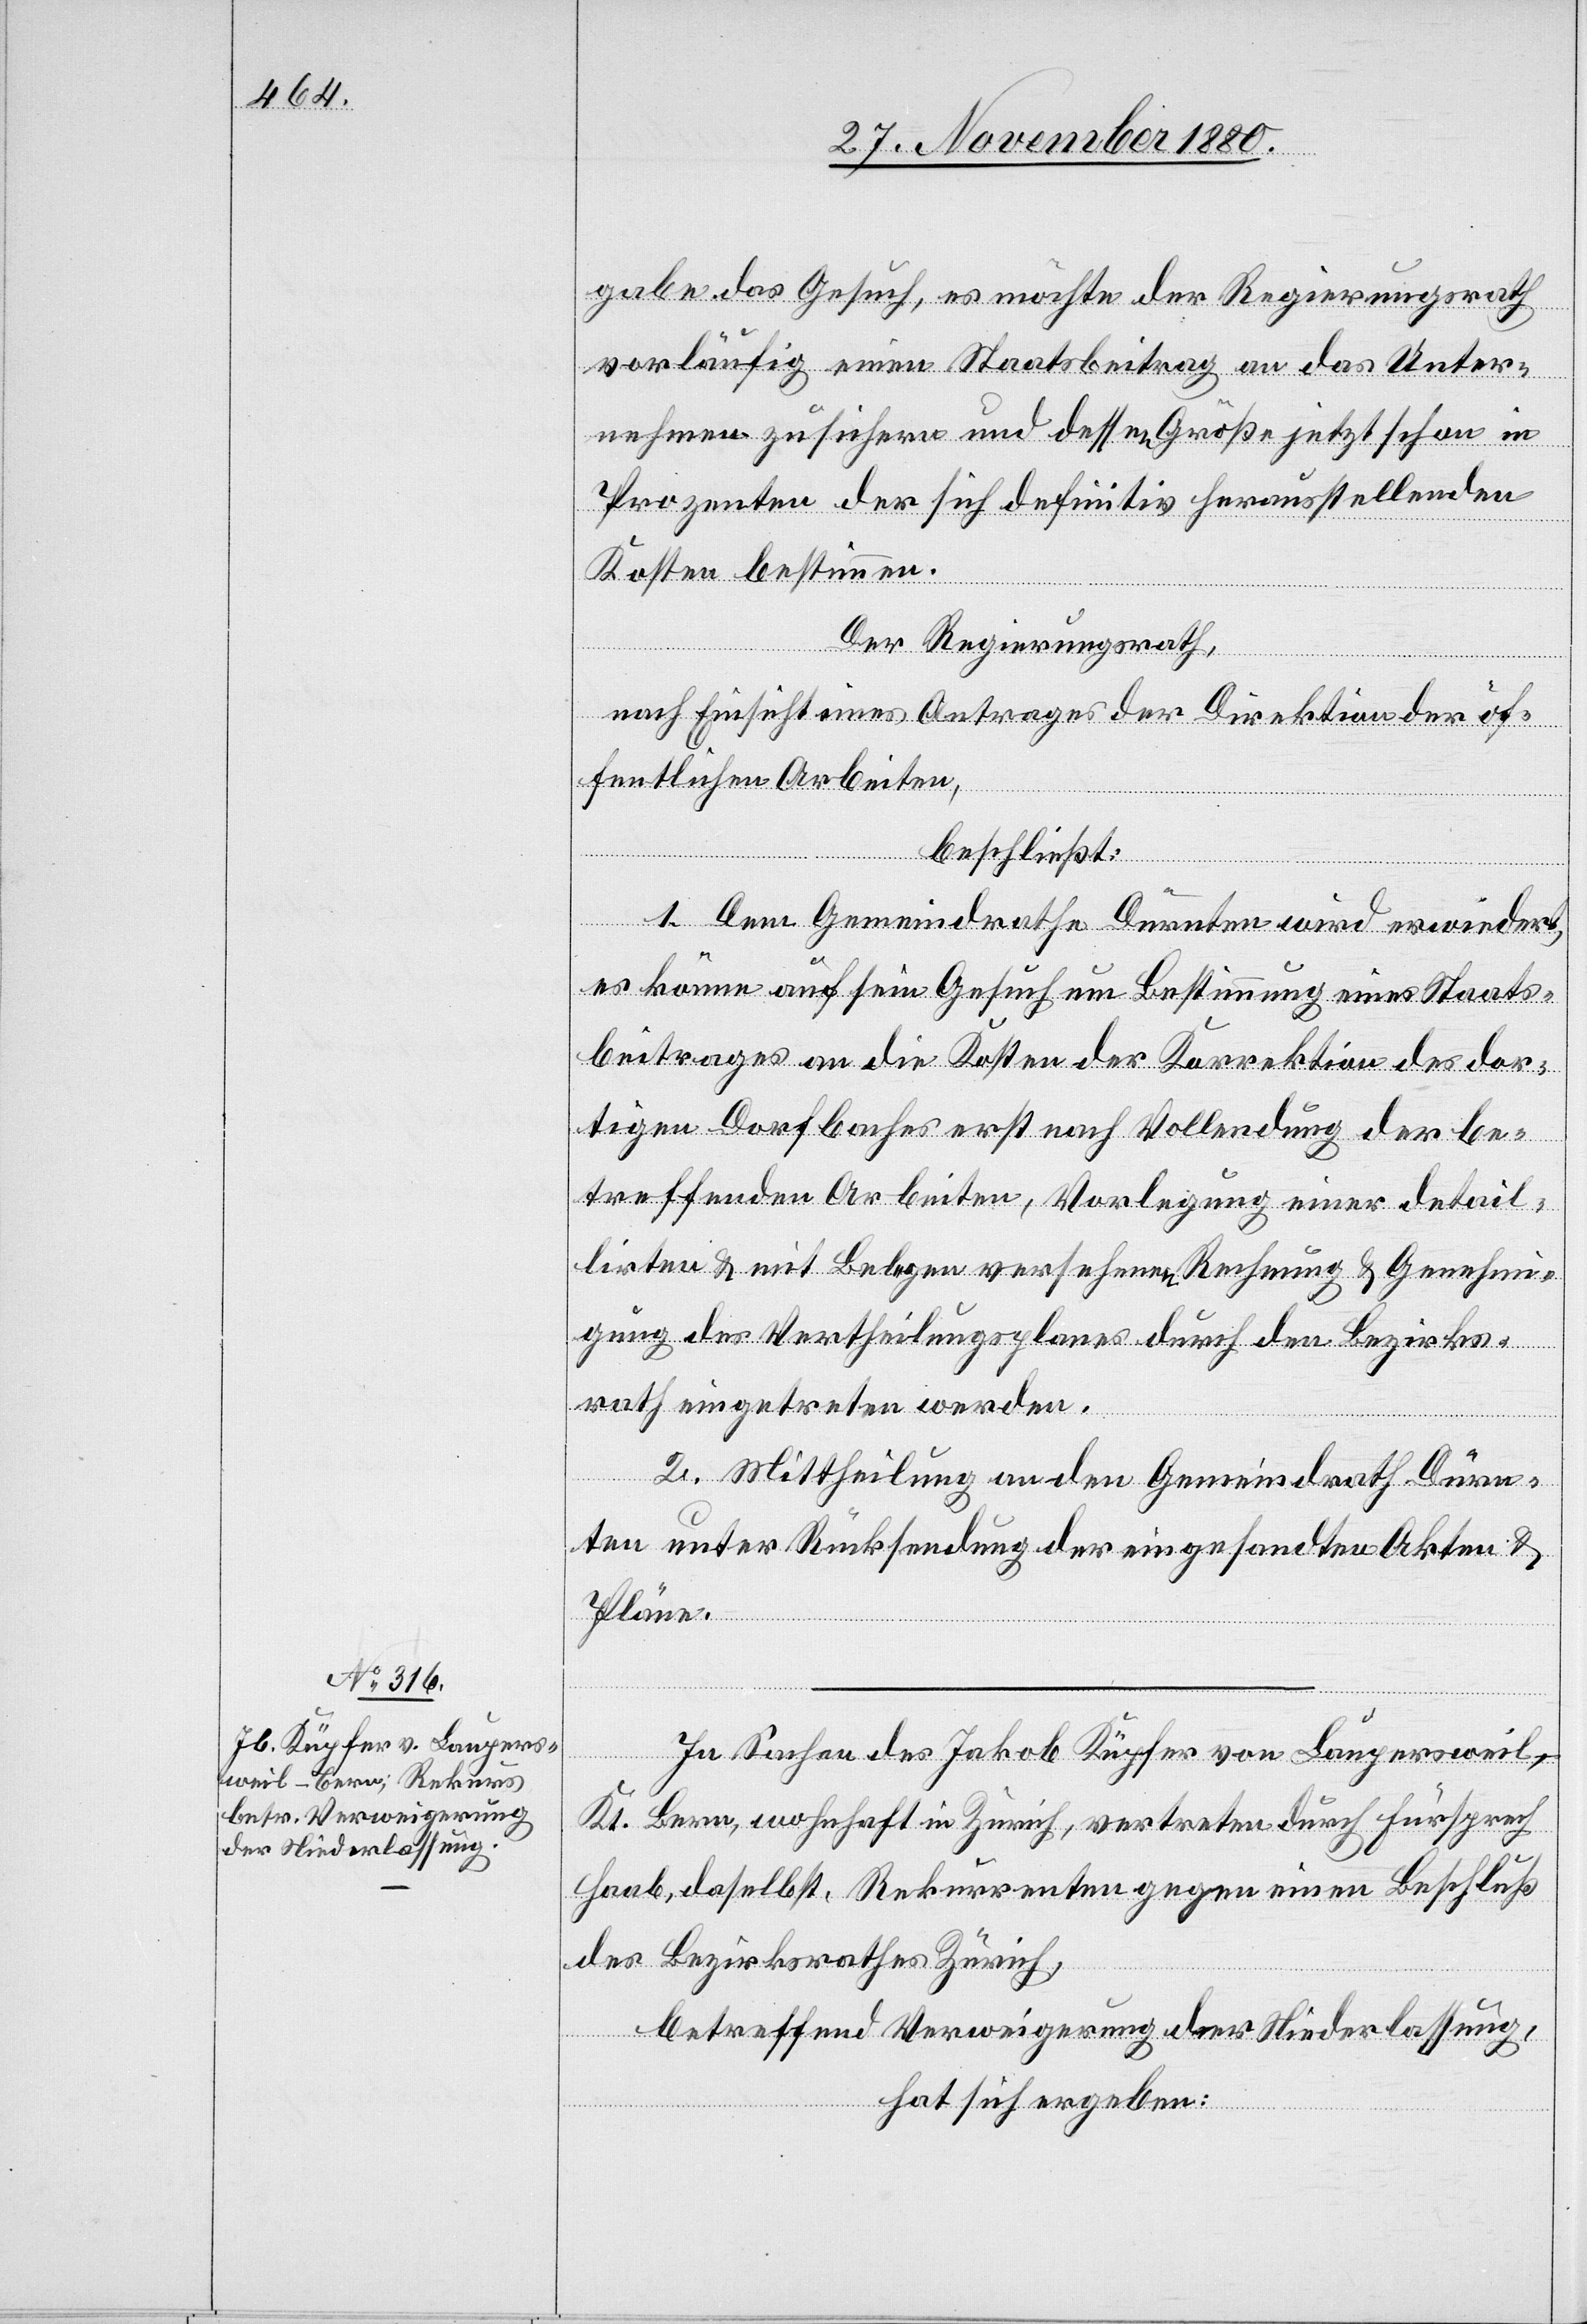
gabe das Gesuch, es möchte der Regierungsrath
vorläufig einen Staatsbeitrag an das Unter¬
nehmen zusichern und dessen Größe jetzt schon in
Prozenten der sich definitiv herausstellenden
Kosten bestimmen.
Der Regierungsrath,
nach Einsicht eines Antrages der Direktion der öf¬
fentlichen Arbeiten,
beschließt:
1. Dem Gemeindrathe Dürnten wird erwiedert,
es könne auf sein Gesuch um Bestimmung eines Staats¬
beitrages an die Kosten der Korrektion des dor¬
tigen Dorfbaches erst nach Vollendung der be¬
treffenden Arbeiten, Vorlegung einer detail¬
lirten & mit Belegen versehenen Rechnung & Genehmi¬
gung des Vertheilungsplanes durch den Bezirks¬
rath eingetreten werden.
2. Mittheilung an den Gemeindrath Dürn¬
ten unter Rücksendung der eingesandten Akten &
Pläne.
In Sachen des Jakob Küpfer von Laupersweil -
Kt. Bern, wohnhaft in Zürich, vertreten durch Fürsprech
Haab, daselbst, Rekurrenten gegen einen Beschluß
des Bezirksrathes Zürich,
betreffend Verweigerung der Niederlassung,
hat sich ergeben: